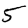
Digit: 5